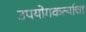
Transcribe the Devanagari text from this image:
उपयोगकर्त्याचा